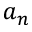
a _ { n }